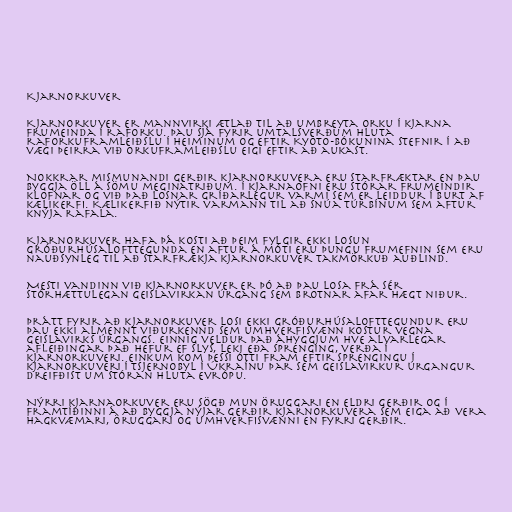
Kjarnorkuver

Kjarnorkuver er mannvirki ætlað til að umbreyta orku í kjarna
frumeinda í raforku. Þau sjá fyrir umtalsverðum hluta
raforkuframleiðslu í heiminum og eftir Kyoto-bókunina stefnir í að
vægi þeirra við orkuframleiðslu eigi eftir að aukast.

Nokkrar mismunandi gerðir kjarnorkuvera eru starfræktar en þau
byggja öll á sömu meginatriðum. Í kjarnaofni eru stórar frumeindir
klofnar og við það losnar gríðarlegur varmi sem er leiddur í burt af
kælikerfi. Kælikerfið nýtir varmann til að snúa túrbínum sem aftur
knýja rafala.

Kjarnorkuver hafa þá kosti að þeim fylgir ekki losun
gróðurhúsalofttegunda en aftur á móti eru þungu frumefnin sem eru
nauðsynleg til að starfrækja kjarnorkuver takmörkuð auðlind.

Mesti vandinn við kjarnorkuver er þó að þau losa frá sér
stórhættulegan geislavirkan úrgang sem brotnar afar hægt niður.

Þrátt fyrir að kjarnorkuver losi ekki gróðurhúsalofttegundur eru
þau ekki almennt viðurkennd sem umhverfisvænn kostur vegna
geislavirks úrgangs. Einnig veldur það áhyggjum hve alvarlegar
afleiðingar það hefur ef slys, leki eða sprenging, verða í
kjarnorkuveri. Einkum kom þessi ótti fram eftir sprengingu í
kjarnorkuveri í Tsjernobyl í Úkraínu þar sem geislavirkur úrgangur
dreifðist um stóran hluta Evrópu.

Nýrri kjarnaorkuver eru sögð mun öruggari en eldri gerðir og í
framtíðinni á að byggja nýjar gerðir kjarnorkuvera sem eiga að vera
hagkvæmari, öruggari og umhverfisvænni en fyrri gerðir.